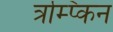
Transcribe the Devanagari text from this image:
त्रम्प्किन